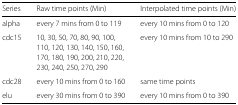
| Series | Raw time points (Min) | Interpolated time points (Min) |
 | --- | --- | --- |
 | alpha | every 7 mins from 0 to 119 | every 10 mins from 0 to 120 |
 | cdc15 | 10, 30, 50, 70, 80, 90, 100, | every 10 mins from 10 to 290 |
 |  | 110, 120, 130, 140, 150, 160, |  |
 |  | 170, 180, 190, 200, 210, 220, |  |
 |  | 230, 240, 250, 270, 290 |  |
 | cdc28 | every 10 mins from 0 to 160 | same time points |
 | elu | every 30 mins from 0 to 390 | every 10 mins from 0 to 390 |